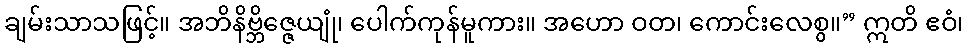
ချမ်းသာသဖြင့်။ အဘိနိဗ္ဘိဇ္ဇေယျုံ၊ ပေါက်ကုန်မူကား။ အဟော ဝတ၊ ကောင်းလေစွ။” ဣတိ ဧဝံ၊